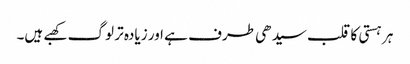
ہر ہستی کا قلب سیدھی طرف ہے اور زیادہ تر لوگ کھبے ہیں۔